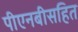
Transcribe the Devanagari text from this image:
पीएनबीसहित